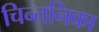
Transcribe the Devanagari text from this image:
चिन्तनिका